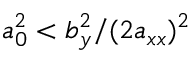
a _ { 0 } ^ { 2 } < b _ { y } ^ { 2 } / ( 2 a _ { x x } ) ^ { 2 }